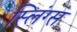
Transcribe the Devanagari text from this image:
स्लिंग्स